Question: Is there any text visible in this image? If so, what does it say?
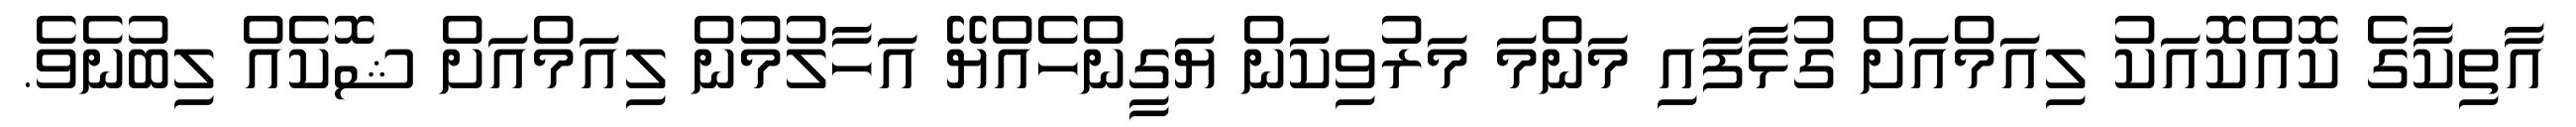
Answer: އާތިކާގެ ކޮއްކޮއަކު ލިއަމްއަށް ގުޅާފައި މަންމަ މަރުވިކަން ޔަގީންހެއްޔޭ އަހާލުމުން ލިއަމްއަށް ޝޮކެއް ލިބުނެވެ.